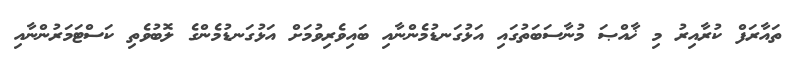
ތައާރަފް ކުރާއިރު މި ޚާއްޞަ މުނާސަބަތުގައި އަޅުގަނޑުމެންނާއި ބައިވެރިވުމަށް އަޅުގަނޑުމެންގެ ލޮބުވެތި ކަސްޓަމަރުންނާއި